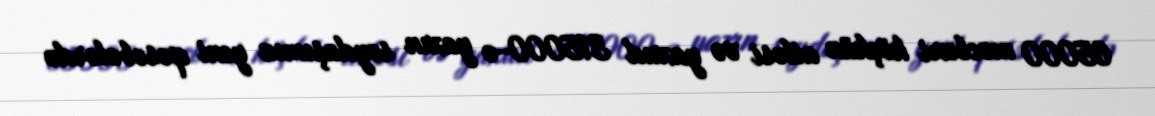
65000 məcburi köçkün ailəsi və yaxud 315000-ə yaxın soydaşımız yeni qəsəbələrdə